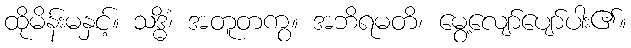
ထိုမိန်းမနှင့်။ သဒ္ဓိံ၊ အတူတကွ။ အဘိရမတိ၊ မွေ့လျော်ပျော်ပါး၏။